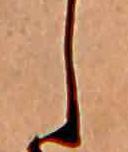
し